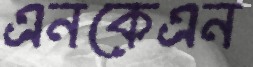
এনকেএন